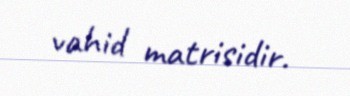
vahid matrisidir.